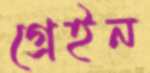
গ্রেইন